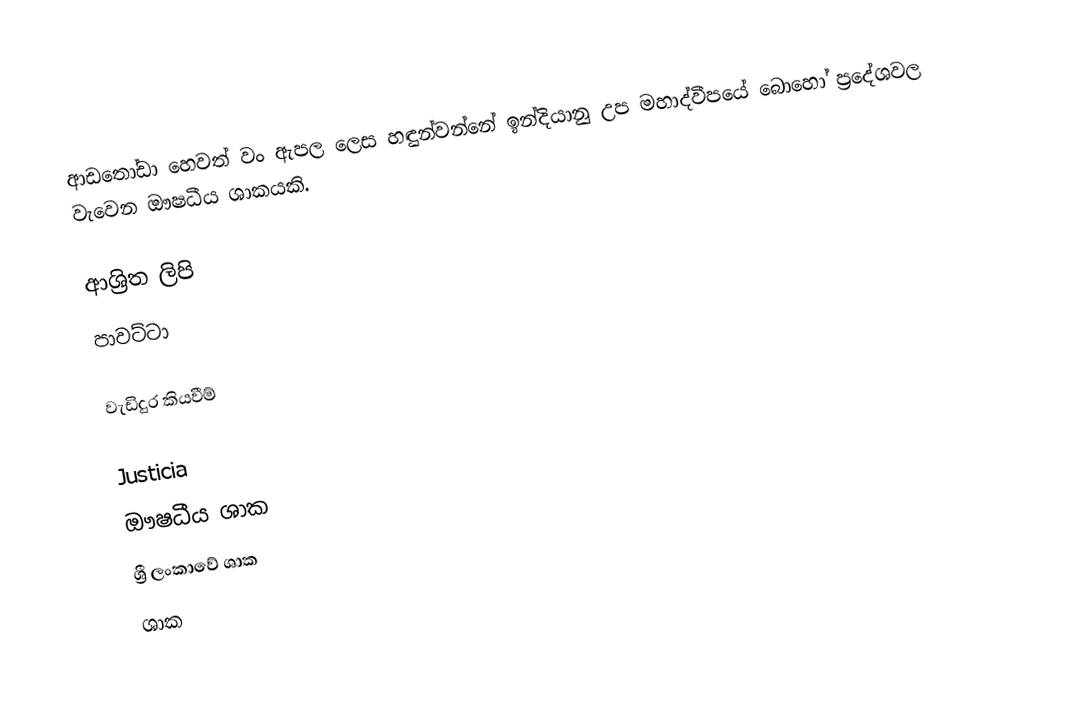
ආඩතෝඩා හෙවත් වං ඇපල ලෙස හඳුන්වන්නේ ඉන්දියානු උප මහාද්වීපයේ බොහෝ ප්‍රදේශවල  වැවෙන ඖෂධීය ශාකයකි.

ආශ්‍රිත ලිපි
 පාවට්ටා

වැඩිදුර කියවීම්

Justicia
ඖෂධීය ශාක
ශ්‍රී ලංකාවේ ශාක
ශාක